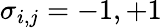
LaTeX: \sigma_{i,j}=-1,+1